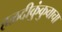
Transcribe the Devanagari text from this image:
हळदीकुंकुवाचा